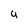
Character: u